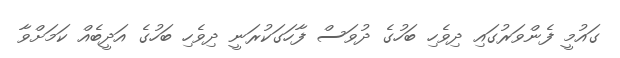
ގައުމީ ފެންވަރުގައި ދިވެހި ބަހުގެ ދުވަސް ފާހަގަކުރަނީ ދިވެހި ބަހުގެ އަދީބެއް ކަމަށްވާ